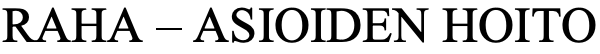
RAHA – ASIOIDEN HOITO